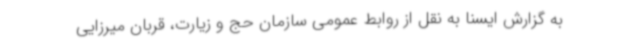
به گزارش ایسنا به نقل از روابط عمومی سازمان حج و زیارت، قربان میرزایی